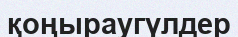
қоңыраугүлдер